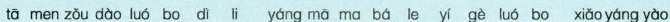
tā men zǒu dào luó bo d li yáng mā ma bá le yí gè luó bo xiǎoyáng yào